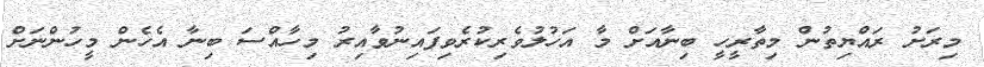
މިރަށު ރައްޔިތުން މިތާރީހީ ބިނާއަށް މާ އަހުލުވެރިކުރެވިފައިނުވާއިރު މިހާއްސަ ބިނާ އެހެން މީހުންނަށް